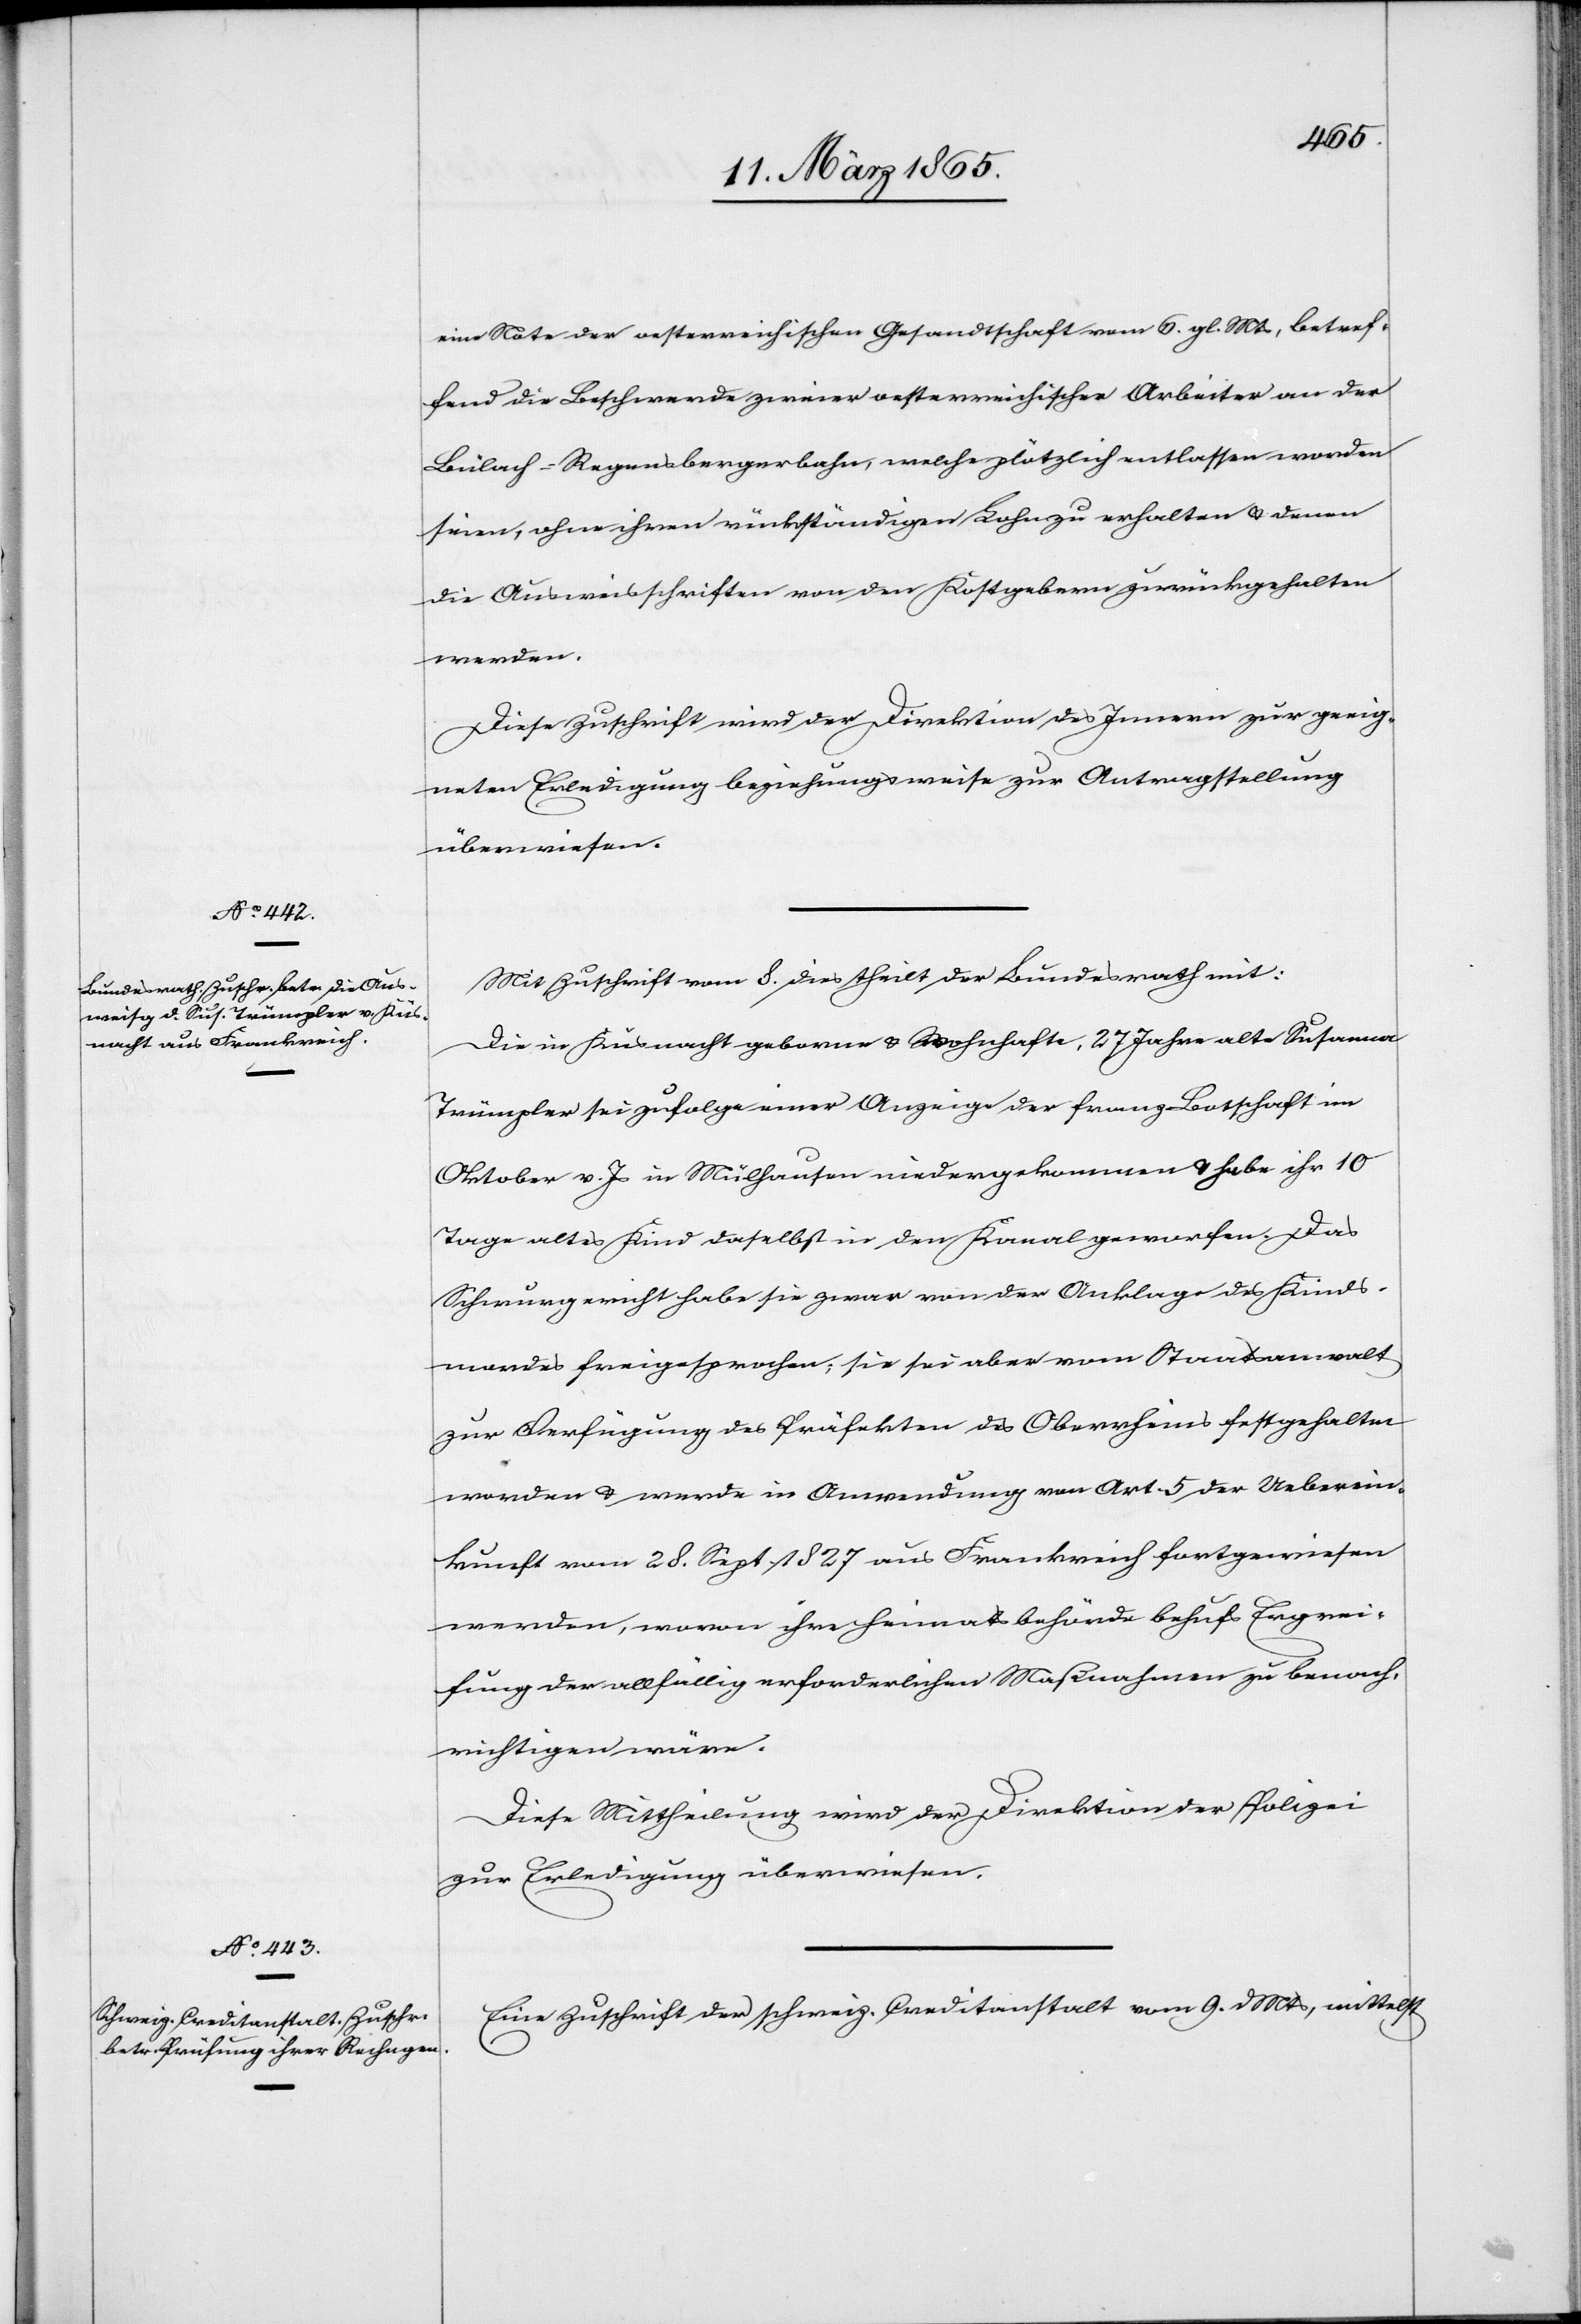
eine Note der oesterreichischen Gesandtschaft vom 6. gl. Mts, betref¬
fend die Beschwerde zweier oesterreichischer Arbeiter an der
Bülach-Regensbergerbahn, welche plötzlich entlassen worden
seien, ohne ihren rückständigen Lohn zu erhalten u. denen
die Ausweisschriften von den Kostgebern zurückgehalten
werden.
Diese Zuschrift wird der Direktion des Innern zur geeig¬
neten Erledigung beziehungsweise zur Antragstellung
überwiesen.
Mit Zuschrift vom 8. dies theilt der Bundesrath mit:
Die in Küsnacht geborne u. wohnhafte, 27 Jahre alte Susanne
Trümpler sei zufolge einer Anzeige der franz. Botschaft im
Oktober v. Js in Mühlhausen niedergekommen u. habe ihr 10
Tage altes Kind daselbst in den Kanal geworfen. Das
Schwurgericht habe sie zwar von der Anklage des Kinds¬
mordes freigesprochen; sie sei aber vom Staatsanwalt
zur Verfügung des Präfekten des Oberrheins festgehalten
worden u. werde in Anwendung von Art. 5 der Ueberein¬
kunft vom 28. Sept. 1827 aus Frankreich fortgewiesen
werden, wovon ihre Heimatsbehörde behufs Ergrei¬
fung der allfällig erforderlichen Maßnahmen zu benach¬
richtigen wäre.
Diese Mittheilung wird der Direktion der Polizei
zur Erledigung überwiesen.
Eine Zuschrift der schweiz. Creditanstalt vom 9. d Mts, mittelst